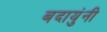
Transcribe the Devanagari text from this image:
बदायुंनी